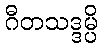
ဂီတသဒ္ဒမ္ပိ